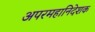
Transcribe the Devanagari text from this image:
अपरमहानिदेशक